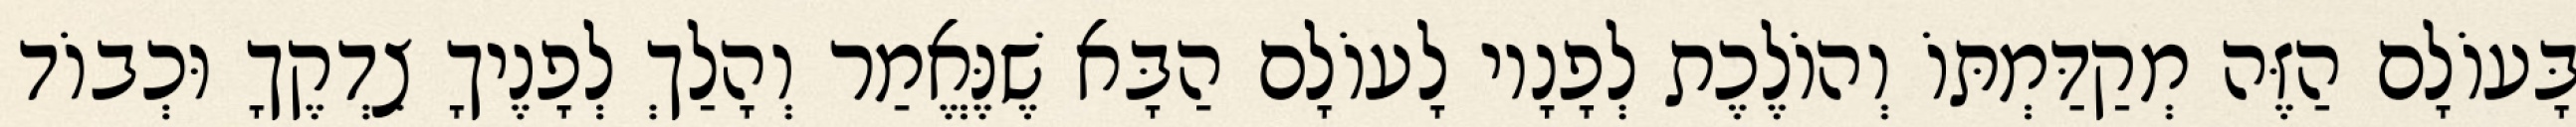
בָּעוֹלָם הַזֶּה מְקַדַּמְתּוֹ וְהוֹלֶכֶת לְפָנָיו לָעוֹלָם הַבָּא שֶׁנֶּאֱמַר וְהָלַךְ לְפָנֶיךָ צִדְקֶךָ וּכְבוֹד